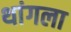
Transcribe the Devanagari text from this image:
थांगला